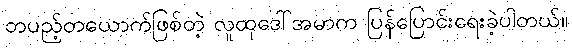
တပည့်တယောက်ဖြစ်တဲ့ လူထုဒေါ်အမာက ပြန်ပြောင်းရေးခဲ့ပါတယ်။